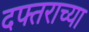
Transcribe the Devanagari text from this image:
दफ्तराच्या